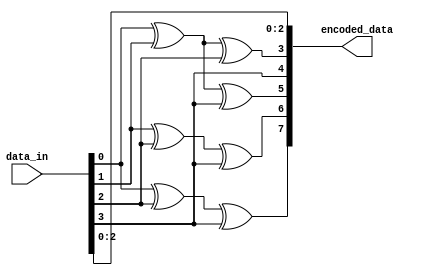
module hamming_encoder (
    input [3:0] data_in,
    output reg [7:0] encoded_data
);

always @(*) begin
    encoded_data[0] = data_in[0];
    encoded_data[1] = data_in[1];
    encoded_data[2] = data_in[2];
    encoded_data[3] = data_in[0] ^ data_in[1] ^ data_in[2];
    encoded_data[4] = data_in[3];
    encoded_data[5] = data_in[0] ^ data_in[1] ^ data_in[3];
    encoded_data[6] = data_in[1] ^ data_in[2] ^ data_in[3];
    encoded_data[7] = data_in[0] ^ data_in[2] ^ data_in[3];
end

endmodule